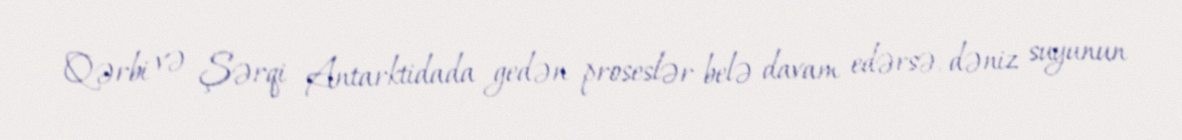
Qərbi və Şərqi Antarktidada gedən proseslər belə davam edərsə, dəniz suyunun